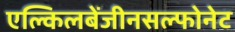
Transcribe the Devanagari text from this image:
एल्किलबेंजीनसल्फोनेट